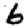
Digit: 6